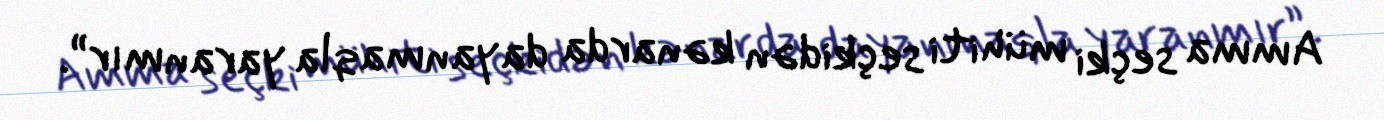
Amma seçki mühiti seçkidən kənarda dayanmaqla yaranmır”.